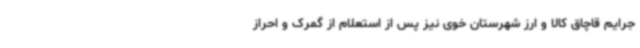
جرایم قاچاق کالا و ارز شهرستان خوی نیز پس از استعلام از گمرک و احراز